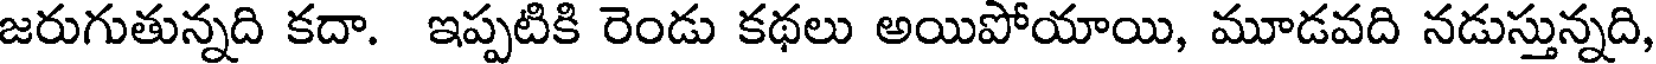
జరుగుతున్నది కదా. ఇప్పటికి రెండు కథలు అయిపోయాయి, మూడవది నడుస్తున్నది,